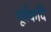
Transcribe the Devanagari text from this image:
पूर्वकवि